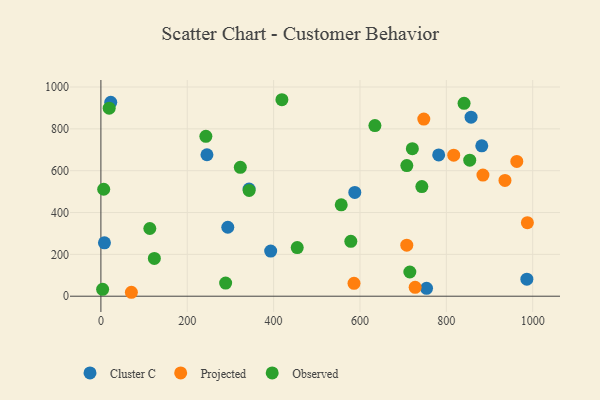
{"axis": {"x": "Ad Spend", "y": "Profit"}, "legend": ["Cluster C", "Observed", "Projected"], "data": [{"x": "8.2", "y": 255.1, "type": "Cluster C"}, {"x": "857.3", "y": 855.9, "type": "Cluster C"}, {"x": "782.3", "y": 675.3, "type": "Cluster C"}, {"x": "343.2", "y": 512.1, "type": "Cluster C"}, {"x": "245.6", "y": 676.3, "type": "Cluster C"}, {"x": "22.8", "y": 927.3, "type": "Cluster C"}, {"x": "293.9", "y": 329.7, "type": "Cluster C"}, {"x": "986.5", "y": 81.6, "type": "Cluster C"}, {"x": "754.2", "y": 37.8, "type": "Cluster C"}, {"x": "588.0", "y": 496.0, "type": "Cluster C"}, {"x": "393.2", "y": 215.6, "type": "Cluster C"}, {"x": "882.1", "y": 719.1, "type": "Cluster C"}, {"x": "586.2", "y": 61.4, "type": "Projected"}, {"x": "817.1", "y": 674.1, "type": "Projected"}, {"x": "884.8", "y": 579.3, "type": "Projected"}, {"x": "987.7", "y": 351.4, "type": "Projected"}, {"x": "963.2", "y": 644.4, "type": "Projected"}, {"x": "747.8", "y": 847.0, "type": "Projected"}, {"x": "70.6", "y": 18.8, "type": "Projected"}, {"x": "708.4", "y": 243.9, "type": "Projected"}, {"x": "727.8", "y": 42.6, "type": "Projected"}, {"x": "935.8", "y": 553.5, "type": "Projected"}, {"x": "19.2", "y": 898.8, "type": "Observed"}, {"x": "243.1", "y": 764.4, "type": "Observed"}, {"x": "113.3", "y": 323.8, "type": "Observed"}, {"x": "743.3", "y": 524.3, "type": "Observed"}, {"x": "419.2", "y": 939.3, "type": "Observed"}, {"x": "454.7", "y": 232.6, "type": "Observed"}, {"x": "556.6", "y": 437.1, "type": "Observed"}, {"x": "634.6", "y": 815.8, "type": "Observed"}, {"x": "854.2", "y": 650.2, "type": "Observed"}, {"x": "721.3", "y": 705.1, "type": "Observed"}, {"x": "4.0", "y": 33.0, "type": "Observed"}, {"x": "288.9", "y": 62.8, "type": "Observed"}, {"x": "343.3", "y": 505.8, "type": "Observed"}, {"x": "123.8", "y": 180.4, "type": "Observed"}, {"x": "578.8", "y": 262.5, "type": "Observed"}, {"x": "6.5", "y": 511.2, "type": "Observed"}, {"x": "841.1", "y": 921.9, "type": "Observed"}, {"x": "708.5", "y": 624.4, "type": "Observed"}, {"x": "322.9", "y": 616.1, "type": "Observed"}, {"x": "715.5", "y": 115.7, "type": "Observed"}]}